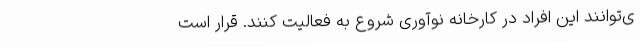
ی‌توانند این افراد در کارخانه نوآوری شروع به فعالیت کنند. قرار است